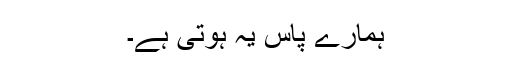
ہمارے پاس یہ ہوتی ہے۔